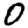
Digit: 0